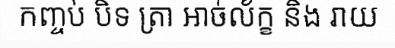
កញ្ចប់ បិទ ត្រា អាច់ល័ក្ខ និង រាយ